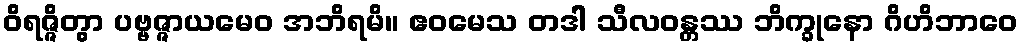
ဝိရဇ္ဇိတွာ ပဗ္ဗဇ္ဇာယမေဝ အဘိရမိ။ ဧဝမေသ တဒါ သီလဝန္တဿ ဘိက္ခုနော ဂိဟိဘာဝေ